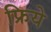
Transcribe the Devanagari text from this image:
फ्रिये